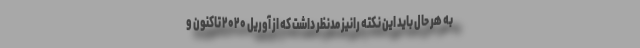
به هر حال باید این نکته رانیز مدنظر داشت که از آوریل ۲۰۲۰ تاکنون و